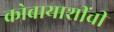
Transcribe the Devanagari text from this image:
कोबायाशींची